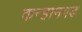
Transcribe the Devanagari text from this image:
कन्हानगड